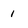
Character: 1